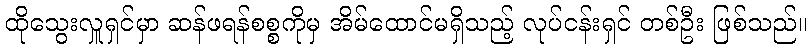
ထိုသွေးလှူရှင်မှာ ဆန်ဖရန်စစ္စကိုမှ အိမ်ထောင်မရှိသည့် လုပ်ငန်းရှင် တစ်ဦး ဖြစ်သည်။